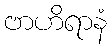
ဗာဟိရာနံ